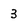
Character: 3